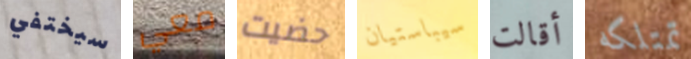
سيختفي معي حضيت سيباستيان أقالت تمتلكه